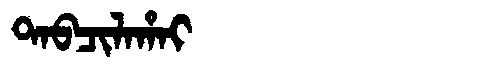
Manchu: ᡨᠠᠪᠴᡳᠯᠠᡥᠠᡳ
Romanization: TABCILAHAI